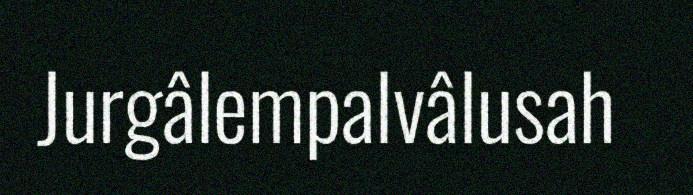
Jurgâlempalvâlusah